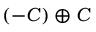
( - C ) \oplus C